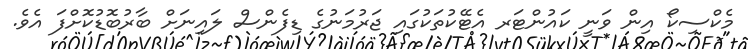
މެކްސިކޯ އިން ވަނީ ކައުންޓަރ އެޓޭކުތަކުގައި ޖަރުމަނުގެ ޑިފެންސް ލައިނަށް ބާރުބޮޑުކޮށްފަ އެވެ.